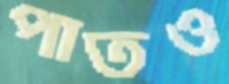
পাতও